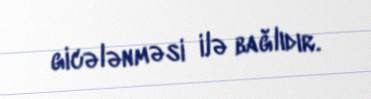
gicələnməsi ilə bağlıdır.